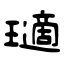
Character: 瓋